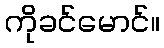
ကိုခင်မောင်။